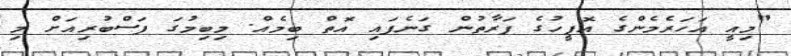
"މިއީ އަހަރެމެންގެ އޮފީހުގެ ފަރާތުން ގަނެފައި އޮތް ބިމެއް. މިބިމުގަ ފަސްބުރިއަށް މި